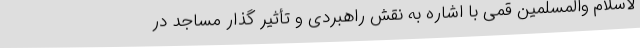
لاسلام والمسلمین قمی با اشاره به نقش راهبردی و تأثیر گذار مساجد در